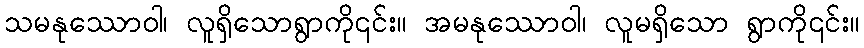
သမနုဿောဝါ၊ လူရှိသောရွာကို၎င်း။ အမနုဿောဝါ၊ လူမရှိသော ရွာကို၎င်း။